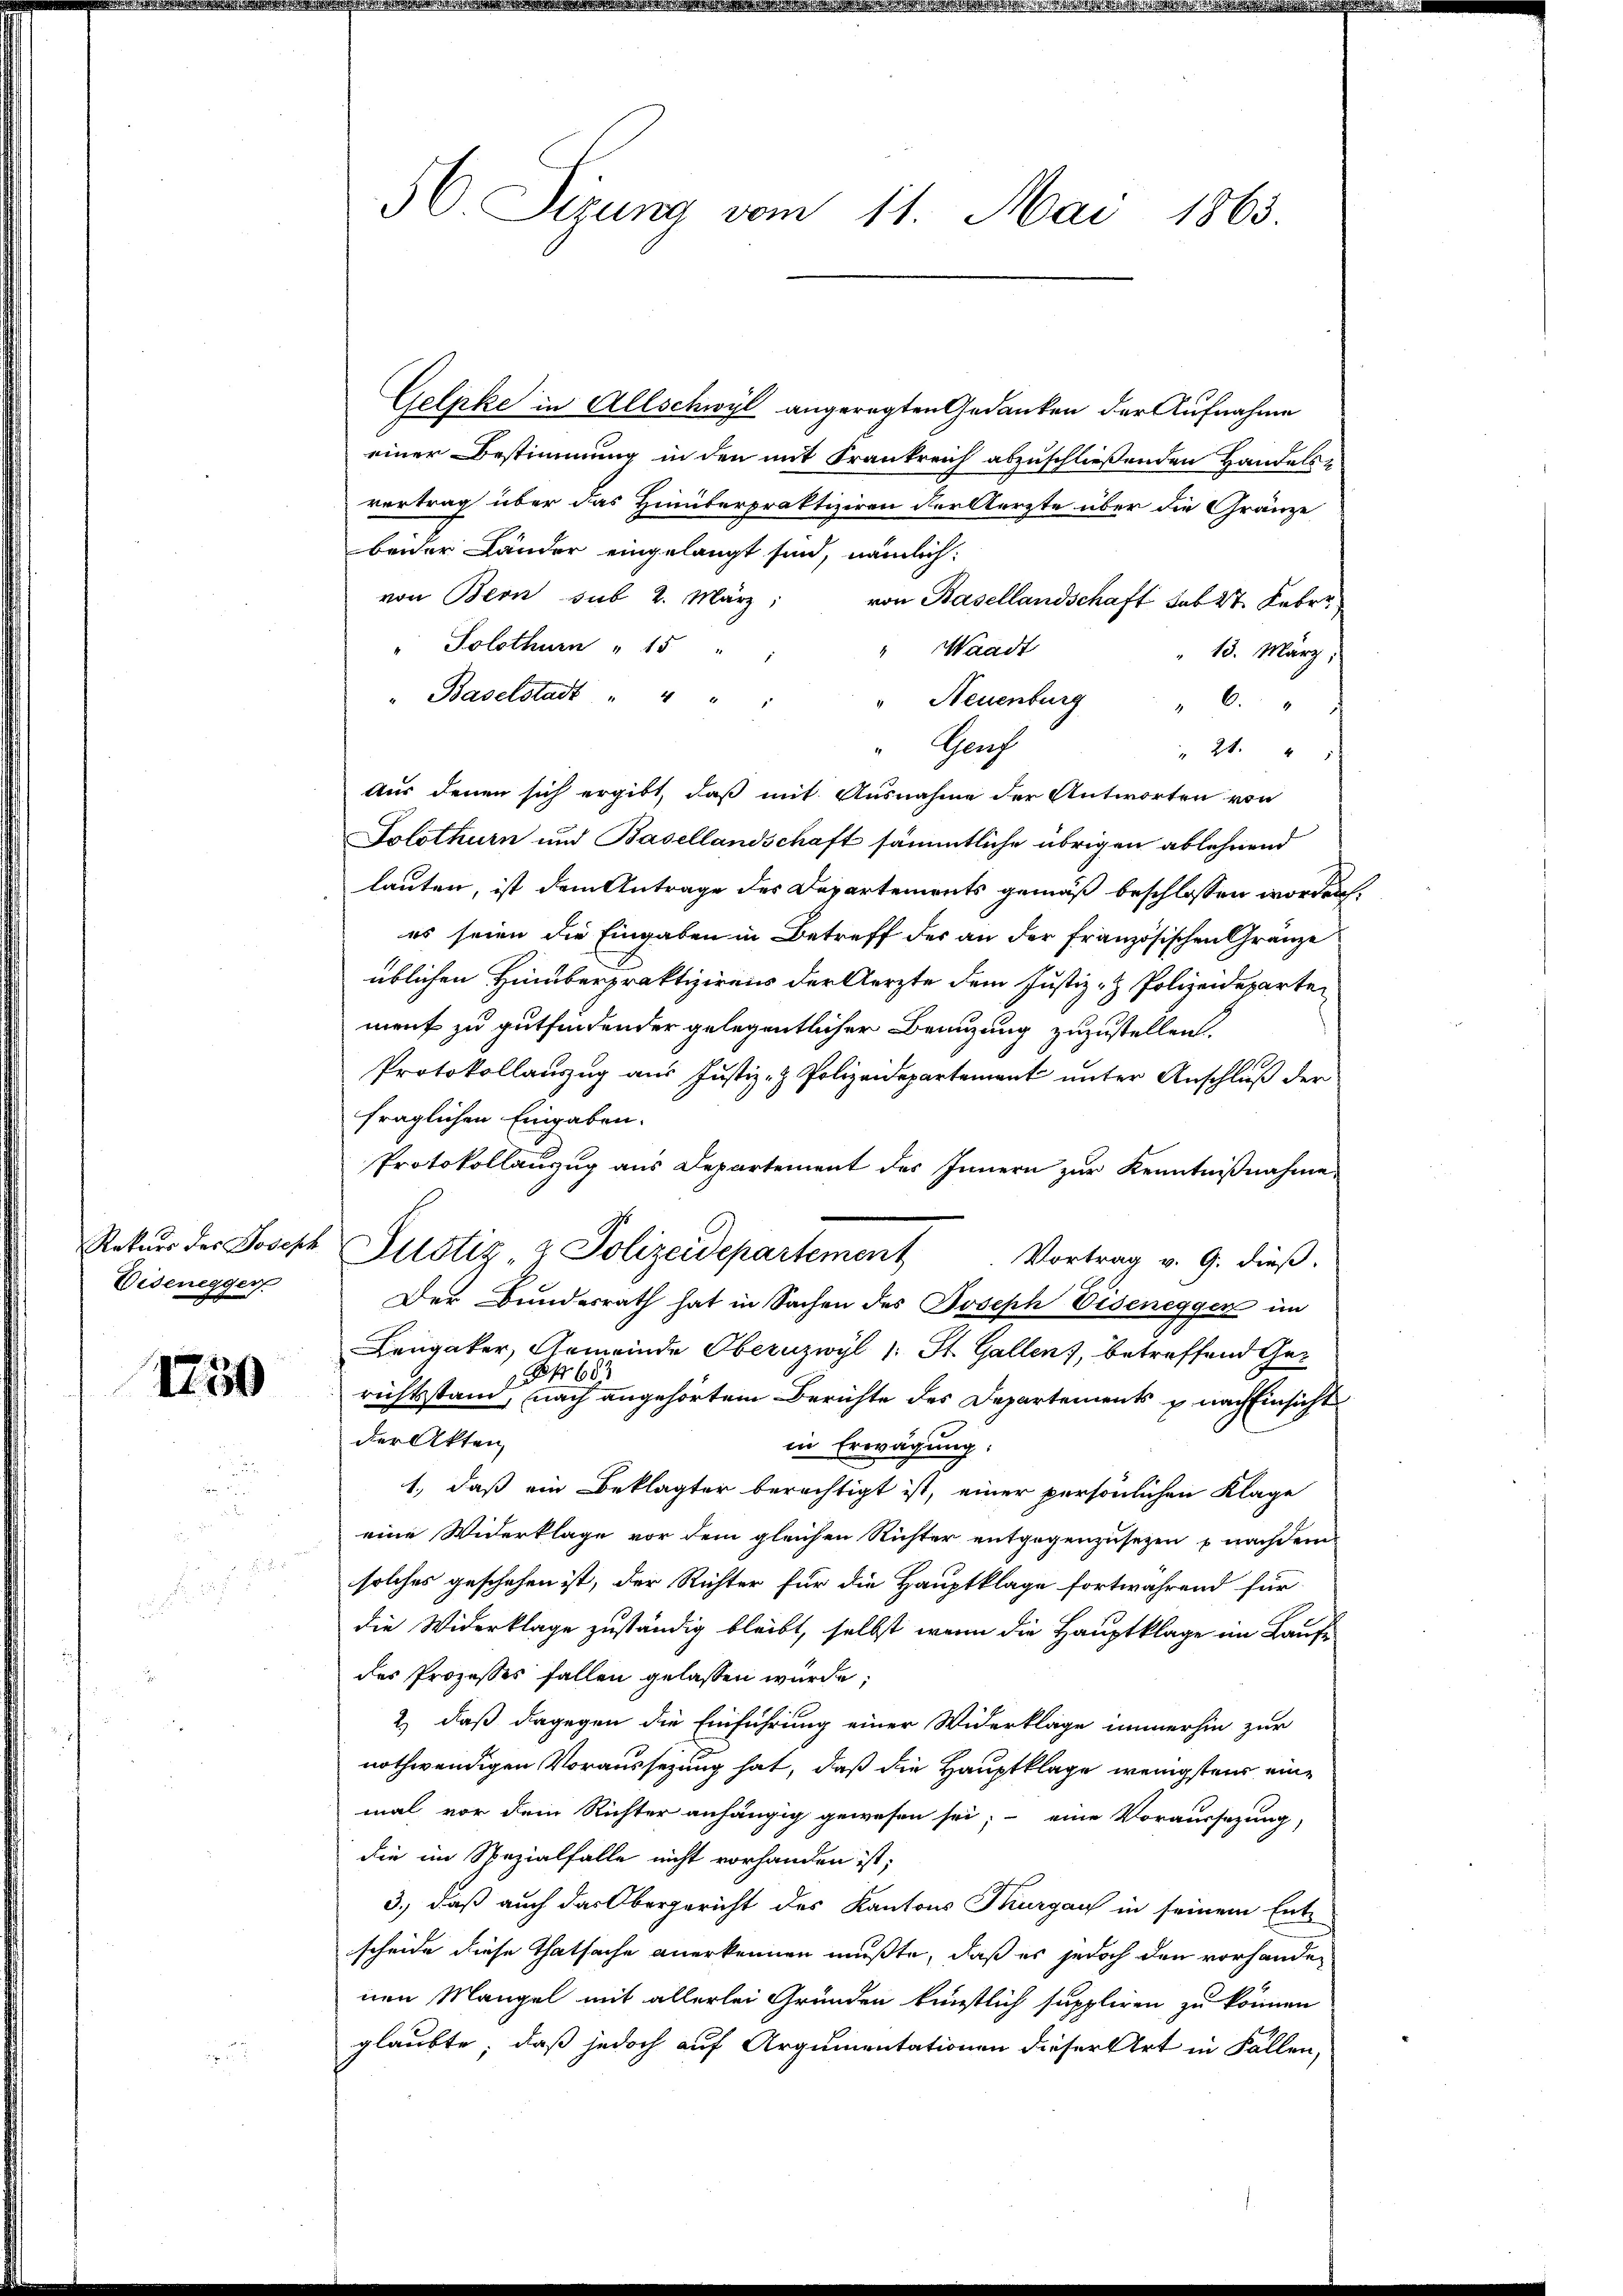
Eidenegger

1750

Gelpke in Allschwyl angeregten Gedanken der Aufnahme
einer Bestimmung in den mit Frankreich abzuschließenden Handelse
vertrag über das Hinüterpraktiziren der Kerzte über die Gränze
beider Länder eingelangt sind, nämlich:
von Bern sub 2. März
von Basellandschaft sub 27. Febr.
" Solothurn " 15 " "
" Waadt
13. März,
" Baselstadt " " "
" Neuenburg " 6. "
Gerf
" 24. " "
Aus denen sich ergibt, daß mit Ausnahme der Antworten von
Solothurn und Basellandschaft sämmtliche übrigen ablehnend
lauten, ist dem Antrage des Departements gemäß beschlossen worden.
es seien die Eingaben in Betreff des an der französischen Gränze
üblichen Hinüberpraktizirens der Aerzte dem Justiz- & Polizeideparten
ment zu gutfindender gelegentlicher Beauzung zuzustellen.
Protokollanzug aus Justiz- & Polizeidepartement unter Anschluß der
fraglichen Eingaben.
Protokollauzug aus Departement des Innern zur Kenntnißnahme
Rekŭrs der Joseph Justiz- & Polizeidepartement. Vortrag v. 9. dieβ.
Der Bundesrath hat in Sachen des Joseph Visenegger im
Lengaker, Gemeinde Obernzwyl 1 St. Gallen, betreffend Gerichtsstand es nach angehörtem Berichte des Departements u. nach Einsicht
der Akten,
in Erwägung:
1., daß ein Beklagter berechtigt ist, einer persönlichen Klage
eine Widerklage vor dem gleichen Richter entgegenzusetzen u nachdem
solches geschehen ist, der Richter für die Hauptklage fortwährend für
die Widerklage zuständig bleibt, selbst, wenn die Hauptklage im Laufe
des Prozesses fallen gelassen würde;
2) daß dagegen die Einführung einer Widerkläge immerhin zur
nothwendigen Voraussezung hat, daß die Hauptklage wenigsten eine
mal vor dem Richter anhängig gewesen sei; eine Voraussezung,
die im Spezialfalle nicht vorhanden ist;
3., daß auch das Obergericht des Kantons Thurgau in seinem Entscheide diese Thatsache anerkennen mußte, daß es jedoch den vorhander
nen Mangel mit allerlei Gründen künstlich suppliren zu können
glaubte, daß jedoch auf Argumentationen dieser Art in Fällen,

50. Sizung vom 11. Mai 1863.